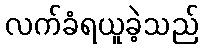
လက်ခံရယူခဲ့သည်